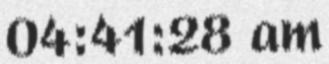
04:41:28 am